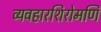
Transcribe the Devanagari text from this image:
व्यवहारशिरोमणि